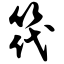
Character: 筏